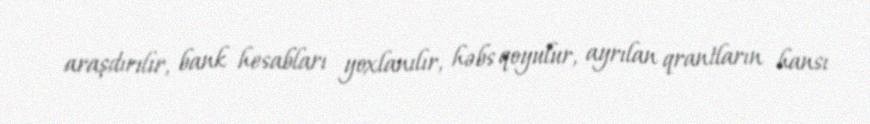
araşdırılır, bank hesabları yoxlanılır, həbs qoyulur, ayrılan qrantların hansı